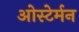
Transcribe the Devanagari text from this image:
ओस्टेर्मन